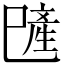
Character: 𪩯